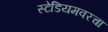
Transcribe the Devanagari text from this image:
स्टेडियमवरचा